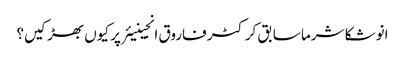
انوشکا شرما سابق کرکٹر فاروق انجینیئر پر کیوں بھڑکیں؟